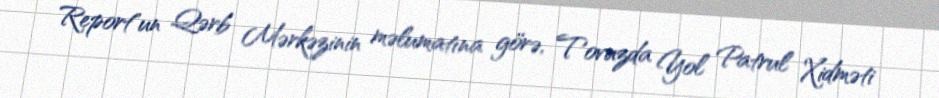
Report"un Qərb Mərkəzinin məlumatına görə, Tovuzda Yol Patrul Xidməti